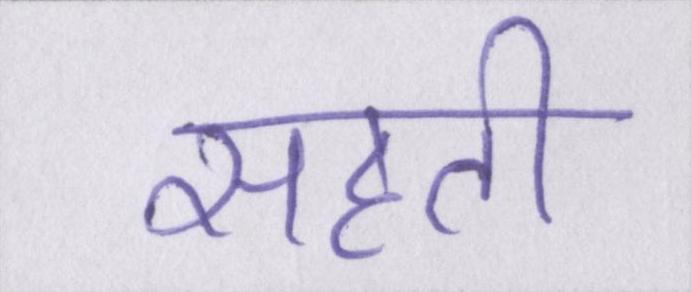
सहती